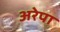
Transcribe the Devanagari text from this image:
अरेपा